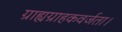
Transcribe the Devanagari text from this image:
ग्राह्यग्राहकवर्जता।